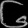
Digit: ၆